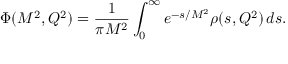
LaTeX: \Phi ( M ^ { 2 } , Q ^ { 2 } ) = \frac { 1 } { \pi M ^ { 2 } } \int _ { 0 } ^ { \infty } e ^ { - s / M ^ { 2 } } { \rho } ( s , Q ^ { 2 } ) \, d s .